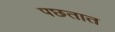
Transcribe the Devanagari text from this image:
पछतात